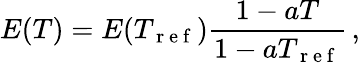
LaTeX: E(T)=E(T_{\mathrm{~r~e~f~}})\frac{1-aT}{1-aT_{\mathrm{~r~e~f~}}}\, ,